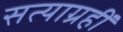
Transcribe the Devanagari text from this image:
सत्याग्रहीं